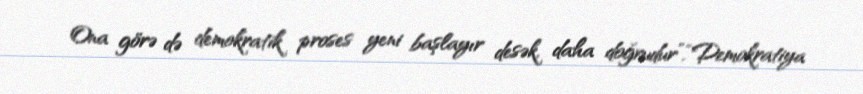
Ona görə də demokratik proses yeni başlayır desək, daha doğrudur”.“Demokratiya